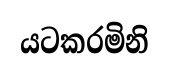
යටකරමිනි